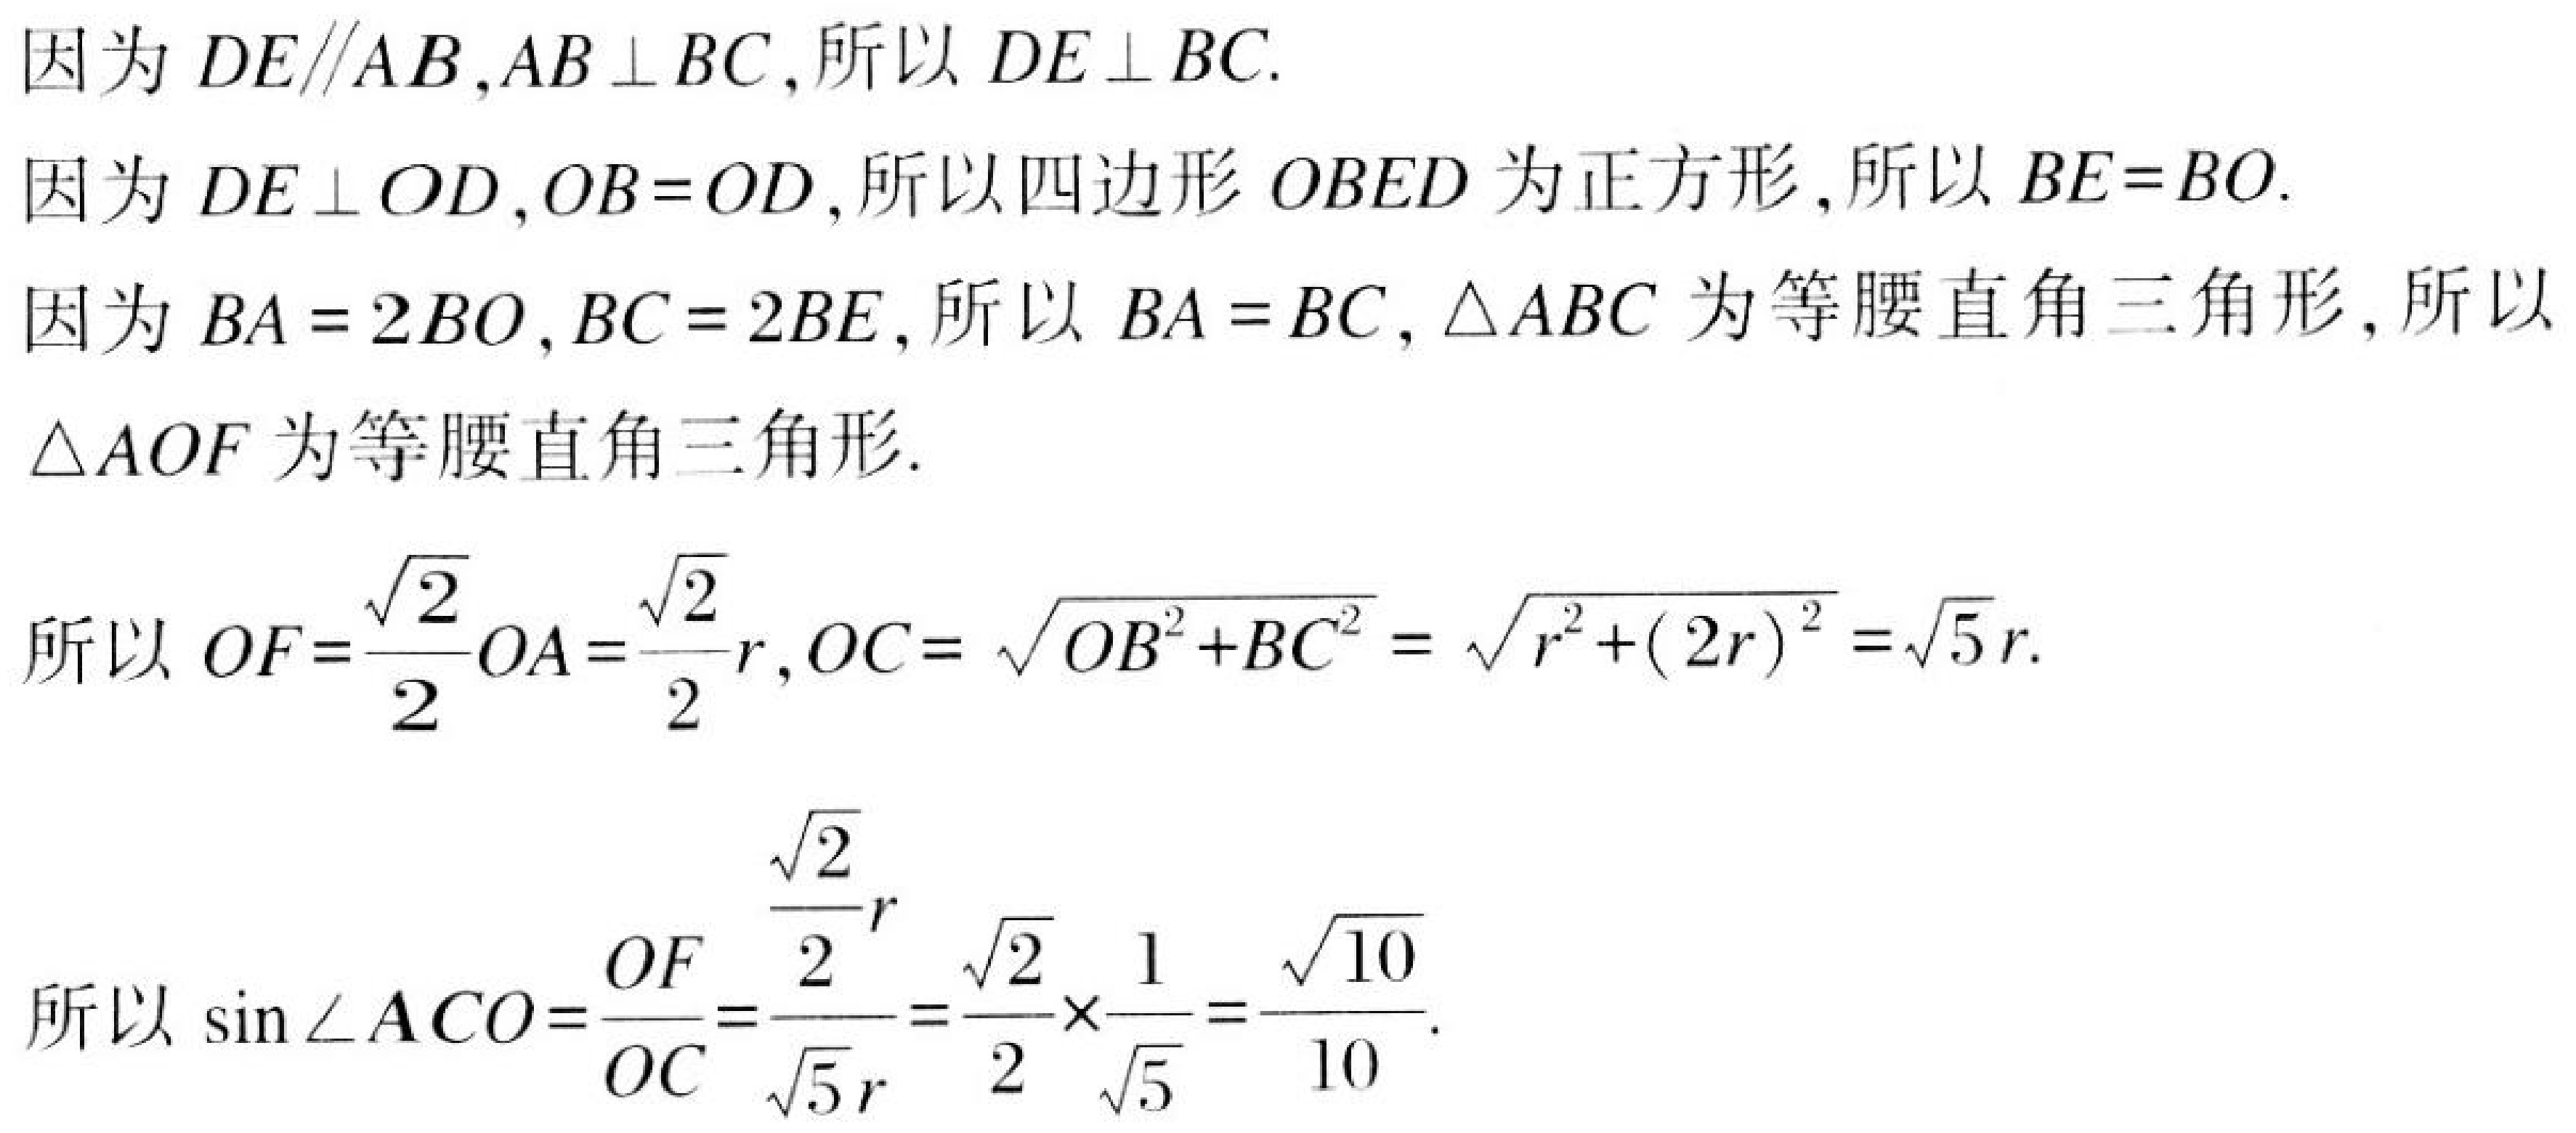
因为\(DE\parallel AB,AB\perp BC\)，所以\(DE\perp BC\).
因为\(DE\perp OD,OB = OD\)，所以四边形\(OBED\)为正方形，所以\(BE = BO\).
因为\(BA = 2BO,BC = 2BE\)，所以\(BA = BC,\triangle ABC\)为等腰直角三角形，所以\(\triangle AOF\)为等腰直角三角形.
所以\(OF=\frac{\sqrt{2}}{2}OA=\frac{\sqrt{2}}{2}r,OC = \sqrt{OB^{2}+BC^{2}}=\sqrt{r^{2}+(2r)^{2}}=\sqrt{5}r\).
所以\(\sin\angle ACO=\frac{OF}{OC}=\frac{\frac{\sqrt{2}}{2}r}{\sqrt{5}r}=\frac{\sqrt{2}}{2}\times\frac{1}{\sqrt{5}}=\frac{\sqrt{10}}{10}\).